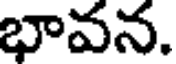
భావన.